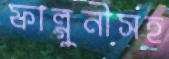
ফাল্গুনীসহ